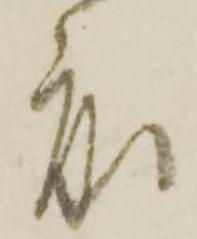
度